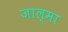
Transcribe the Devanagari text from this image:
जाल्मा